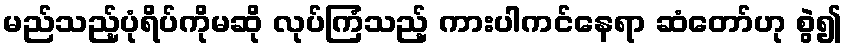
မည်သည့်ပုံရိပ်ကိုမဆို လုပ်ကြံသည့် ကားပါကင်နေရာ ဆံတော်ဟု စွဲ၍